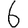
Digit: 6